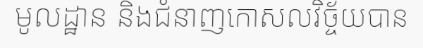
មូលដ្ឋាន និងជំនាញកោសលវិច្ច័យបាន